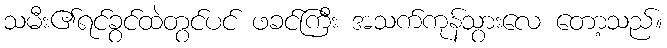
သမီး၏ရင်ခွင်ထဲတွင်ပင် ဖခင်ကြီး အသက်ကုန်သွားလေ တော့သည်။